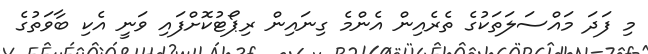
މި ފަދަ މައްސަލަތަކުގެ ތެރެއިން އެންމެ ގިނައިން ރިޕޯޓުކޮށްފައި ވަނީ އެކި ބާވަތުގެ